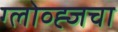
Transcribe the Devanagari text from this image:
ग्लोव्ह्जचा